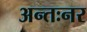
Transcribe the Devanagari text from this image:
अन्तःनर